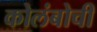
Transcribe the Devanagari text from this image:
कोलंबोची